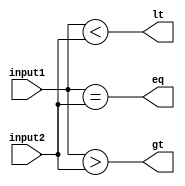
module comparator(
    input [15:0] input1,
    input [15:0] input2,
    output gt, // greater than
    output lt, // less than
    output eq  // equal to
);

assign gt = (input1 > input2);
assign lt = (input1 < input2);
assign eq = (input1 == input2);

endmodule